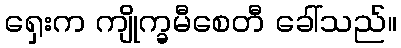
ရှေးက ကျိုက္ခမီစေတီ ခေါ်သည်။